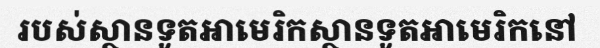
របស់ស្ថានទូតអាមេរិកស្ថានទូតអាមេរិកនៅ